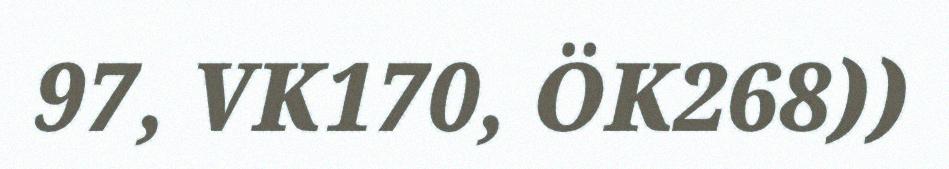
97, VK170, ÖK268))